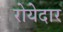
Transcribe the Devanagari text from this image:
रोयेदार